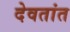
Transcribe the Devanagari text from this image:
देवतांत